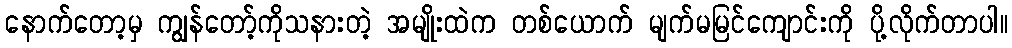
နောက်တော့မှ ကျွန်တော့်ကိုသနားတဲ့ အမျိုးထဲက တစ်ယောက် မျက်မမြင်ကျောင်းကို ပို့လိုက်တာပါ။